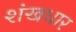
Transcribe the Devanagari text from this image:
शंखधार